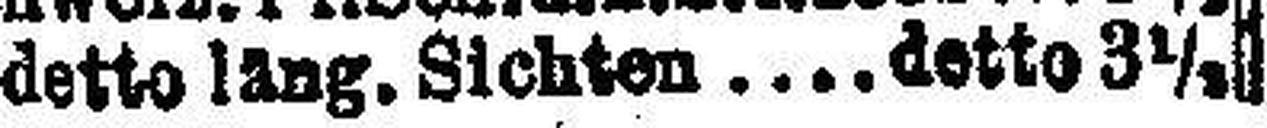
detto läng. Sichten detto 3½